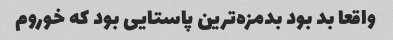
واقعا بد بود بدمزه‌ترین پاستایی بود که خوروم